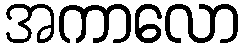
အကာလော